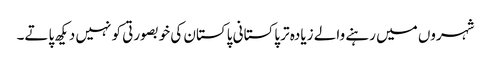
شہروں میں رہنے والے زیادہ تر پاکستانی پاکستان کی خوبصورتی کو نہیں دیکھ پاتے۔